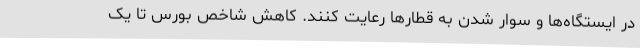
در ایستگاه‌ها و سوار شدن به قطارها رعایت کنند. کاهش شاخص بورس تا یک